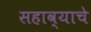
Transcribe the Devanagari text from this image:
सहाव्याचे